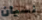
نسيان